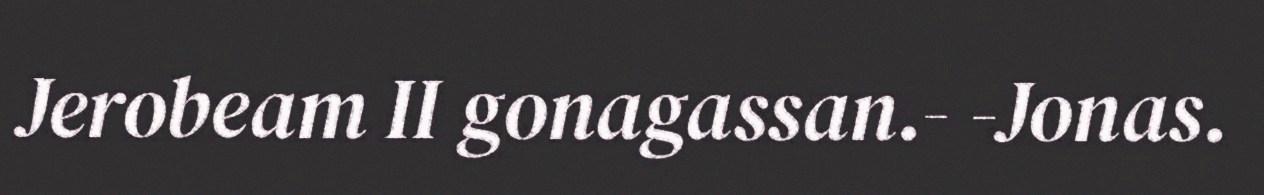
Jerobeam II gonagassan.- -Jonas.